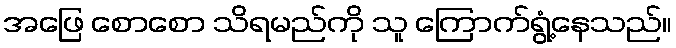
အဖြေ စောစော သိရမည်ကို သူ ကြောက်ရွံ့နေသည်။